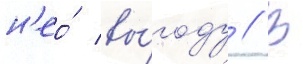
н'ео́ вы́году // В